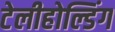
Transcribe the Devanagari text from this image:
टेलीहोल्डिंग